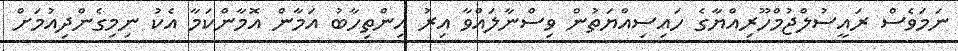
ނަމަވެސް ރައީސުލްޖުމްހޫރިއްޔާގެ ހައިސިއްޔަތުން ވިސްނާލައްވާ އިރު އިންތިހާބު އަމާން އޮމާންކަމާ އެކު ނިމިގެންދިއުމަށް